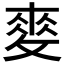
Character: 𢾶